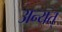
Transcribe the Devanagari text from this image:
अन्यत्